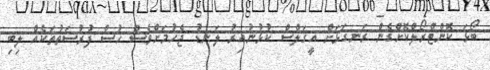
ބޯޅަ ކޮންޓްރޯލްކޮށްގެން ރަނގަޅަށް އީގަލްސް ކުޅުނުއިރު ލަނޑު ޖެހުމަށްވެސް ހުސް ފުރުސަތުތަކެއް ލިބި